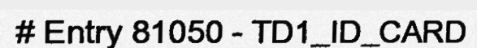
# Entry 81050 - TD1_ID_CARD